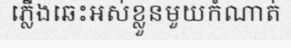
ភ្លើងឆេះអស់ខ្លួនមួយកំណាត់